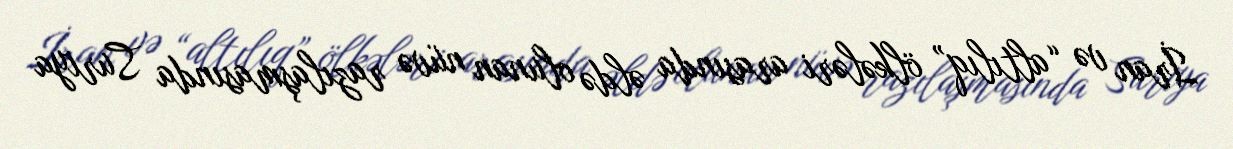
İran və “altılıq” ölkələri arasında əldə olunan nüvə razılaşmasında Suriya